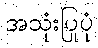
အသုံးပြုပုံ